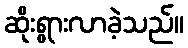
ဆိုးရွားလာခဲ့သည်။